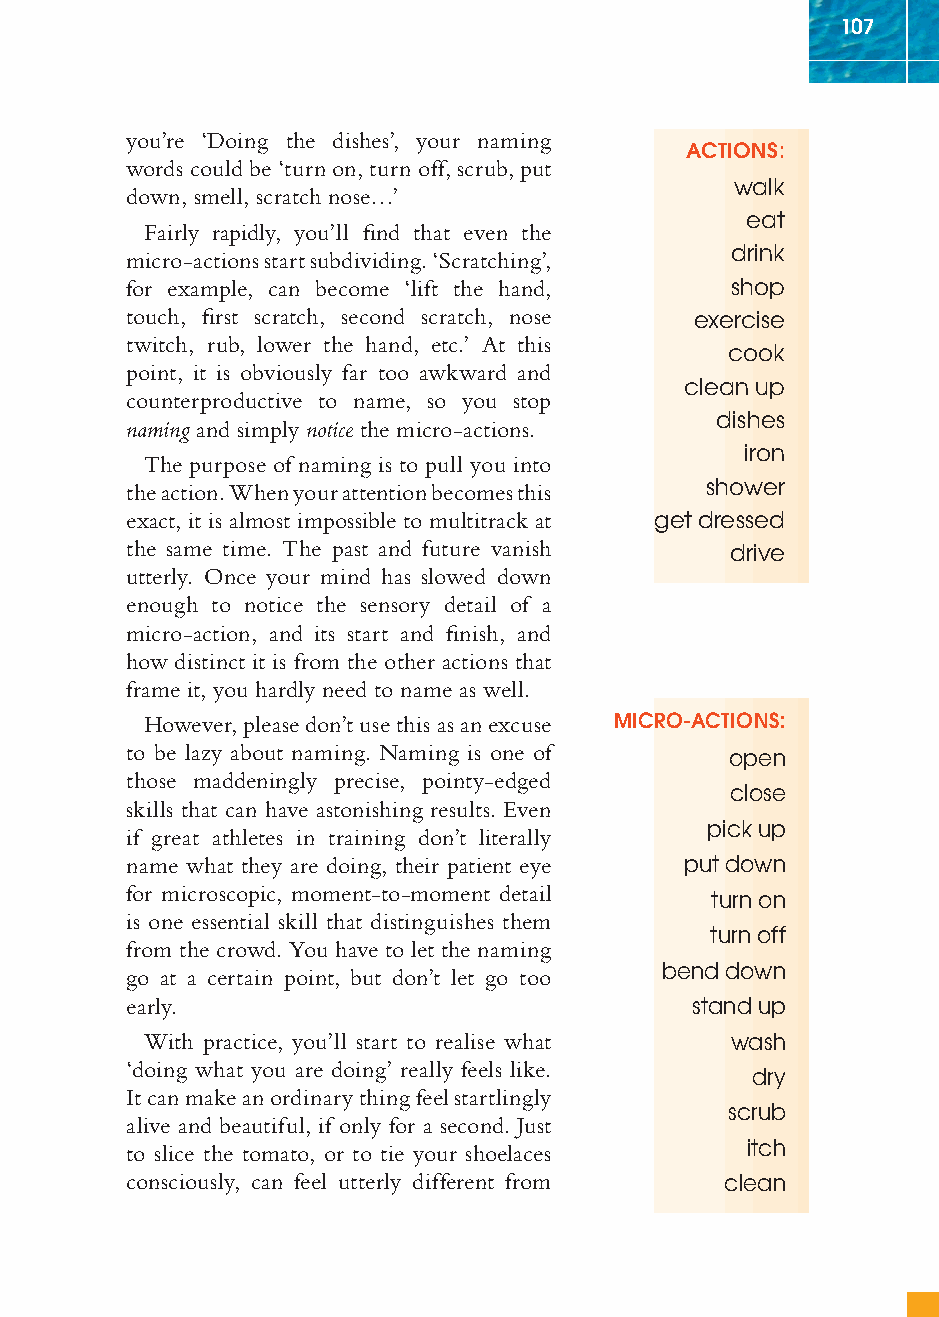
107
 you’re ‘Doing the dishes’, your naming
 ACTIONS:
 words could be ‘turn on, turn off, scrub, put
 walk
 down, smell, scratch nose…’
 eat
 Fairly rapidly, you’ll fi nd that even the
 drink
 micro-actions start subdividing. ‘Scratching’,
 for example, can become ‘lift the hand, shop
 touch, fi rst scratch, second scratch, nose exercise
 twitch, rub, lower the hand, etc.’ At this
 cook
 point, it is obviously far too awkward and
 clean up
 counterproductive to name, so you stop
 dishes
 naming and simply notice the micro-actions.
 iron
 The purpose of naming is to pull you into
 the action. When your attention becomes this shower
 exact, it is almost impossible to multitrack at get dressed
 the same time. The past and future vanish drive
 utterly. Once your mind has slowed down
 enough to notice the sensory detail of a
 micro-action, and its start and fi nish, and
 how distinct it is from the other actions that
 frame it, you hardly need to name as well.
 However, please don’t use this as an excuse MICRO-ACTIONS:
 to be lazy about naming. Naming is one of open
 those maddeningly precise, pointy-edged
 close
 skills that can have astonishing results. Even
 pick up
 if great athletes in training don’t literally
 name what they are doing, their patient eye put down
 for microscopic, moment-to-moment detail
 turn on
 is one essential skill that distinguishes them
 turn off
 from the crowd. You have to let the naming
 bend down
 go at a certain point, but don’t let go too
 early.                                stand up
 With practice, you’ll start to realise what wash
 ‘doing what you are doing’ really feels like.
 dry
 It can make an ordinary thing feel startlingly
 scrub
 alive and beautiful, if only for a second. Just
 to slice the tomato, or to tie your shoelaces itch
 consciously, can feel utterly different from clean
 ffiivvee__220000667788..iinndddd SSeecc11::111111   3300//55//0055 55::0055::1111 PPMM